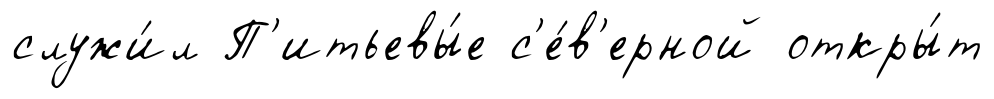
служи́л П'итьевы́е с'е́в'ерной откры́т